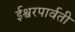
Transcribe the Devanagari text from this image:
ईश्वरपार्वती